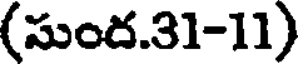
(సుంద.31-11)